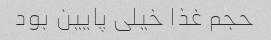
حجم غذا خیلی پایین بود